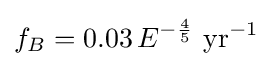
f_{B}=0.03\,E^{-{\frac {4}{5}}}{\text{ yr}}^{-1}\;